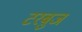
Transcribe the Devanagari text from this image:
टरबुज